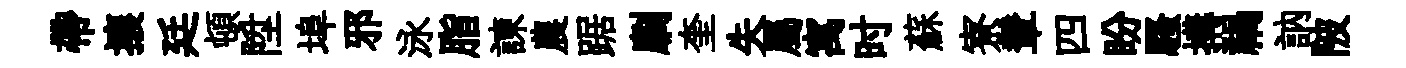
帶攘廷頓陞埠邪泳脂諫農踞劘奎失屬寓时蘇寮輦四盼騷搆禍訥陂